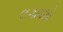
લગાવશો